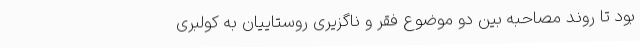
بود تا روند مصاحبه بین دو موضوع فقر و ناگزیری روستاییان به کولبری